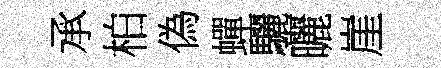
承柏偽蟬驪曬崖